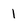
Character: 1